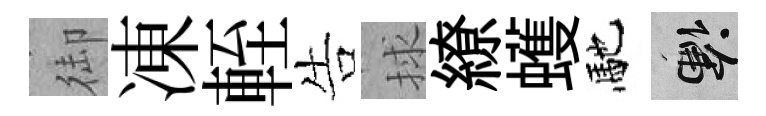
御凍輊告捄繚蠖馳懸